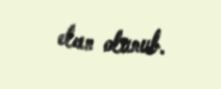
elan olunub.